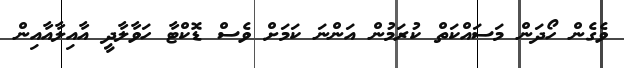
ވެގެން ހޯދަން މަސައްކަތް ކުރަމުން އަންނަ ކަމަށް ވެސް ޑޮކްޓާ ހަވާލާދީ އާއިލާއާއިން